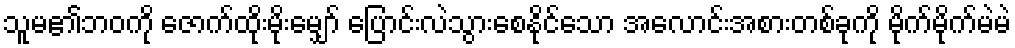
သူမ၏ဘဝကို ဇောက်ထိုးမိုးမျှော် ပြောင်းလဲသွားစေနိုင်သော အလောင်းအစားတစ်ခုကို မိုက်မိုက်မဲမဲ